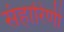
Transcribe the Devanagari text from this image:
संहारिणी